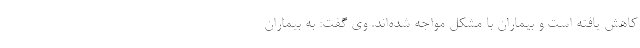
کاهش یافته است و بیماران با مشکل مواجه شده‌اند. وی گفت: به بیماران